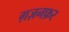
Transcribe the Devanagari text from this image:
ग़ज़नफ़र